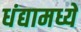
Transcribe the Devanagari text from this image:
धंद्यामध्ये